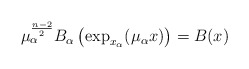
\begin{align*} \mu_\alpha^{\frac{n-2}{2}}B_\alpha\left(\exp_{x_\alpha}(\mu_\alpha x)\right) = B(x) \end{align*}